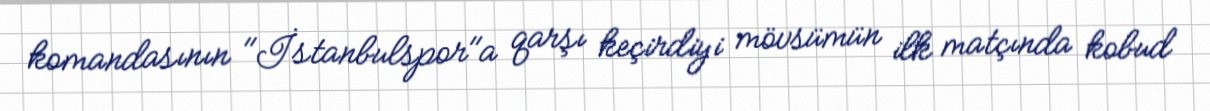
komandasının "İstanbulspor"a qarşı keçirdiyi mövsümün ilk matçında kobud